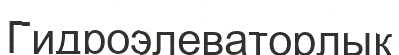
Гидроэлеваторлық